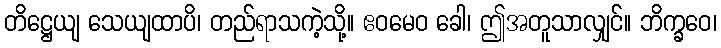
တိဋ္ဌေယျ သေယျထာပိ၊ တည်ရာသကဲ့သို့။ ဧဝမေဝ ခေါ၊ ဤအတူသာလျှင်။ ဘိက္ခဝေ၊